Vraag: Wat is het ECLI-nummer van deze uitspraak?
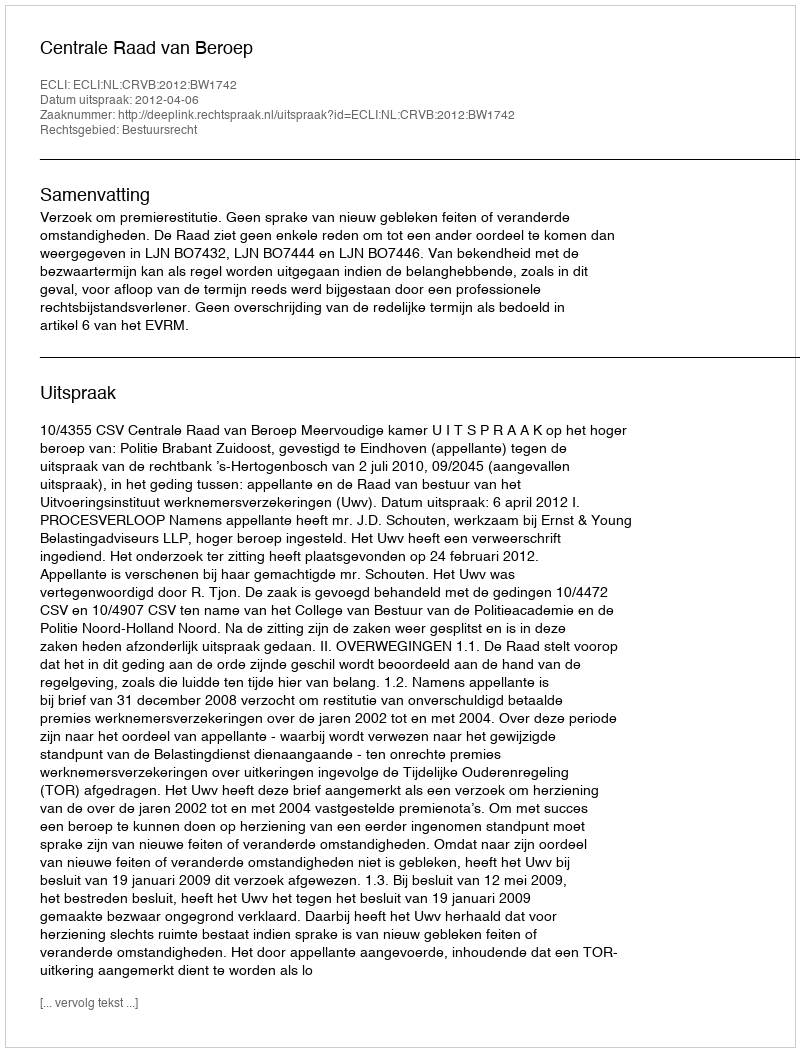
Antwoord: ECLI:NL:CRVB:2012:BW1742